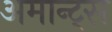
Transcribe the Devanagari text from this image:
अमान्ट्स